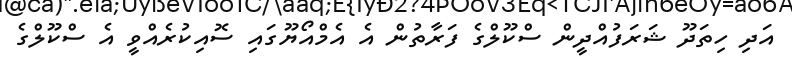
އަދި ހިތަދޫ ޝަރަފުއްދީން ސްކޫލްގެ ފަރާތުން އެ އެމްއޯޔޫގައި ސޮއިކުރެއްވީ އެ ސްކޫލްގެ